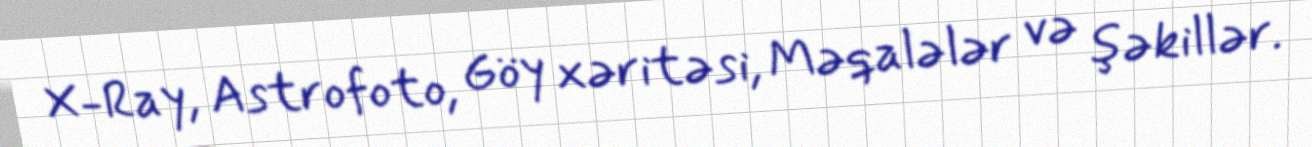
X-Ray, Astrofoto, Göy xəritəsi, Məqalələr və şəkillər.